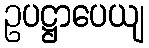
ဥပဋ္ဌာပေယျ